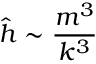
\hat { h } \sim { \frac { m ^ { 3 } } { k ^ { 3 } } }